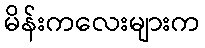
မိန်းကလေးများက